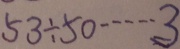
5 3 \div 5 0 \cdots 3